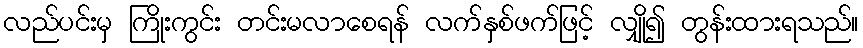
လည်ပင်းမှ ကြိုးကွင်း တင်းမလာစေရန် လက်နှစ်ဖက်ဖြင့် လျှို၍ တွန်းထားရသည်။